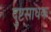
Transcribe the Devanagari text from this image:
दुष्टसाधक